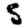
Digit: 5